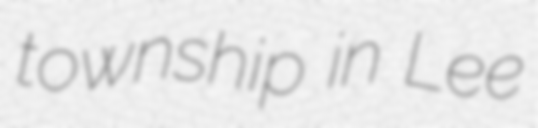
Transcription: township in Lee